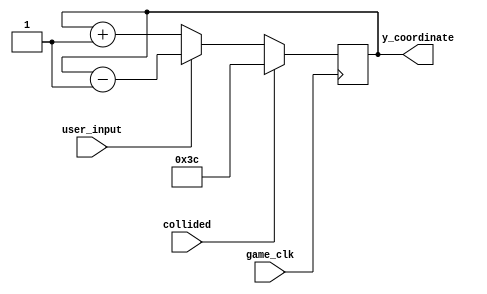
module box_register( // A register for holding and manipulating information about the character(the box). Allows a key to control the height of the character. When inputted, the character would go up otherwise, the character will continuously go down until the bottom then it warps back up.
    input game_clk, // a clock that regulates the cycles
	input  user_input, // the user's input that controls the height of the box
	output [6:0] y_coordinate, // the current y coordinate of the box
	input collided // input that shows if the box has touched (collided) with a pipe
	);
    // a register to store and modify the y coordinate of the box
	reg [6:0] current_y_coordinate = 7'd60;
    // assign the y coordinate output to the y coordinate register
	assign y_coordinate[6:0] = current_y_coordinate[6:0];

    // during the 0 to 1 cycle of the game_clk, modify the y coordinate of the box
    // based on the input of the user and if the box has collided with the pipes
    always @(posedge game_clk)
    begin: box_location_update                
			if(collided)
                // reset the y coordinate of the box if it collided with a pipe
				current_y_coordinate <= 7'd60;
			else if(user_input)
                // if the user pressed the key, make the box go up
				current_y_coordinate <= current_y_coordinate - 1;
			else
                // the character should continuously go down
				current_y_coordinate <= current_y_coordinate + 1;
//        else
//            current_y_coordinate <= 0;

    end // box_location_update

// todo: add an initialize to set the box's height at the start of the game

endmodule